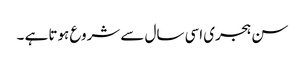
سن ہجری اسی سال سے شروع ہوتا ہے ۔